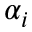
\alpha _ { i }